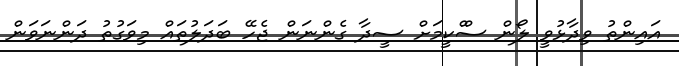
އައިންތު ވިދާޅުވީ ލޯން ސްްކީމަށް ސީދާ ގެންނަން ޖެހޭ ބަދަލުތައް މިވަގުތު ދަންނަވަން